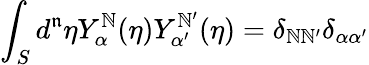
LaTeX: \int_{S}d^{\mathfrak{n}}{\eta}Y_{\alpha}^{\mathbb{N}}(\eta)Y_{\alpha^{\prime}}^{\mathbb{N}^{\prime}}(\eta)=\delta_{\mathbb{N}\mathbb{N}^{\prime}}\delta_{\alpha\alpha^{\prime}}